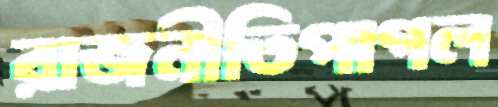
রাজনীতিপাগল